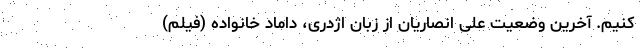
کنیم. آخرین وضعیت علی انصاریان از زبان اژدری، داماد خانواده (فیلم)